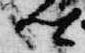
卿